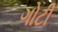
ગોટી